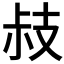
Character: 𢻃